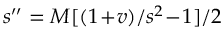
s ^ { \prime \prime } = M [ ( 1 \! + \! v ) / s ^ { 2 } \! - \! 1 ] / 2